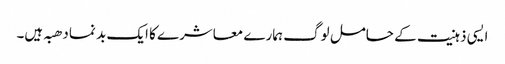
ایسی ذہنیت کے حامل لوگ ہمارے معاشرے کا ایک بد نما دھبہ ہیں۔